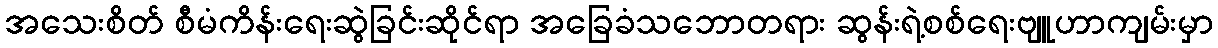
အသေးစိတ် စီမံကိန်းရေးဆွဲခြင်းဆိုင်ရာ အခြေခံသဘောတရား ဆွန်းရဲ့စစ်ရေးဗျူဟာကျမ်းမှာ